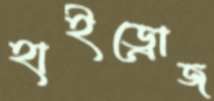
হাইড্রোজ